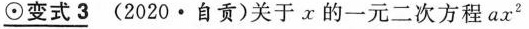
⊙变式3(2020·自贡)关于x的一元二次方程ax^{2}